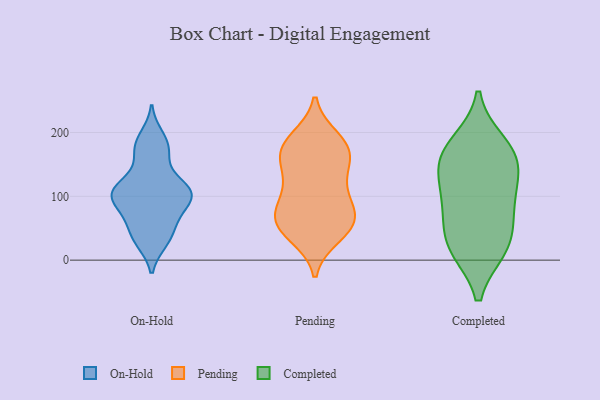
{"axis": {"x": "Page Views", "y": "Value"}, "legend": ["Completed", "On-Hold", "Pending"], "data": [{"x": "", "y": 100, "type": "On-Hold"}, {"x": "", "y": 103, "type": "On-Hold"}, {"x": "", "y": 67, "type": "On-Hold"}, {"x": "", "y": 182, "type": "On-Hold"}, {"x": "", "y": 107, "type": "On-Hold"}, {"x": "", "y": 58, "type": "On-Hold"}, {"x": "", "y": 44, "type": "On-Hold"}, {"x": "", "y": 28, "type": "On-Hold"}, {"x": "", "y": 170, "type": "On-Hold"}, {"x": "", "y": 100, "type": "On-Hold"}, {"x": "", "y": 28, "type": "On-Hold"}, {"x": "", "y": 91, "type": "On-Hold"}, {"x": "", "y": 121, "type": "On-Hold"}, {"x": "", "y": 114, "type": "On-Hold"}, {"x": "", "y": 119, "type": "On-Hold"}, {"x": "", "y": 81, "type": "On-Hold"}, {"x": "", "y": 160, "type": "On-Hold"}, {"x": "", "y": 195, "type": "On-Hold"}, {"x": "", "y": 59, "type": "Pending"}, {"x": "", "y": 111, "type": "Pending"}, {"x": "", "y": 138, "type": "Pending"}, {"x": "", "y": 73, "type": "Pending"}, {"x": "", "y": 56, "type": "Pending"}, {"x": "", "y": 179, "type": "Pending"}, {"x": "", "y": 60, "type": "Pending"}, {"x": "", "y": 45, "type": "Pending"}, {"x": "", "y": 72, "type": "Pending"}, {"x": "", "y": 90, "type": "Pending"}, {"x": "", "y": 175, "type": "Pending"}, {"x": "", "y": 190, "type": "Pending"}, {"x": "", "y": 39, "type": "Pending"}, {"x": "", "y": 178, "type": "Pending"}, {"x": "", "y": 164, "type": "Pending"}, {"x": "", "y": 118, "type": "Pending"}, {"x": "", "y": 159, "type": "Pending"}, {"x": "", "y": 181, "type": "Completed"}, {"x": "", "y": 94, "type": "Completed"}, {"x": "", "y": 155, "type": "Completed"}, {"x": "", "y": 23, "type": "Completed"}, {"x": "", "y": 157, "type": "Completed"}, {"x": "", "y": 76, "type": "Completed"}, {"x": "", "y": 20, "type": "Completed"}, {"x": "", "y": 160, "type": "Completed"}, {"x": "", "y": 27, "type": "Completed"}, {"x": "", "y": 108, "type": "Completed"}]}